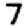
Digit: 7